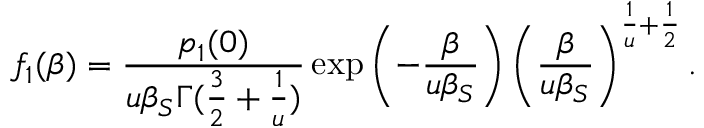
f _ { 1 } ( \beta ) = \frac { p _ { 1 } ( 0 ) } { u \beta _ { S } \Gamma ( \frac { 3 } { 2 } + \frac { 1 } { u } ) } \exp \left( - \frac { \beta } { u \beta _ { S } } \right) \left( \frac { \beta } { u \beta _ { S } } \right) ^ { \frac { 1 } { u } + \frac { 1 } { 2 } } .